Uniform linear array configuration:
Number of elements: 8
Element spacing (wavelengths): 1
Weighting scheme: blackman
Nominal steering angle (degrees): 45
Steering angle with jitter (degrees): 44.551
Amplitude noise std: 0.05
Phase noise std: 0.05

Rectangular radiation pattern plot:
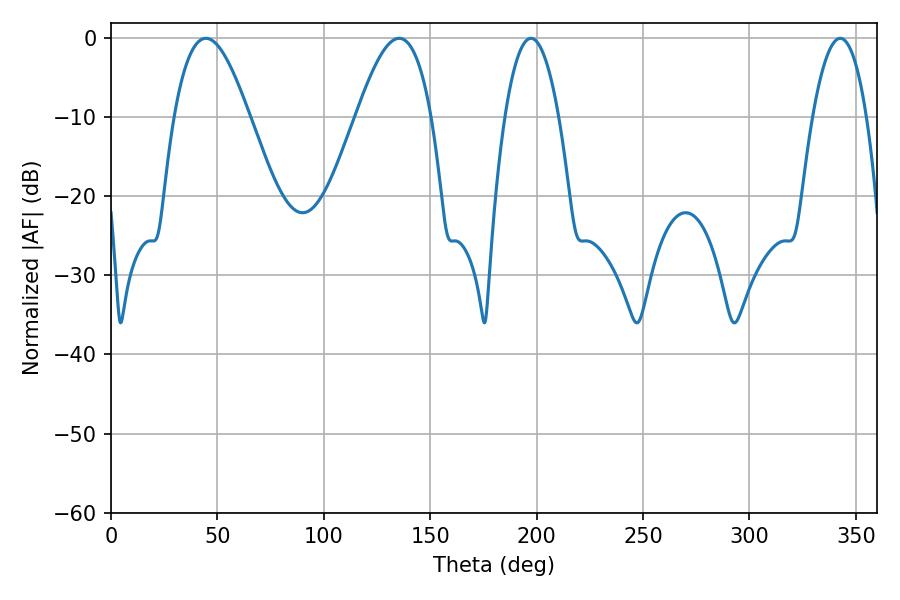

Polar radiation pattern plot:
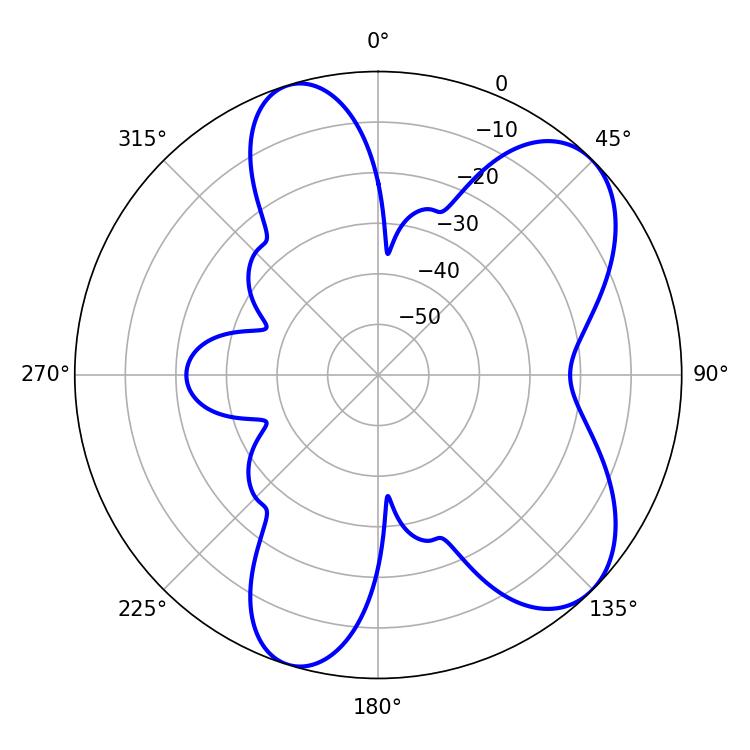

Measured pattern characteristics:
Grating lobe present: TRUE
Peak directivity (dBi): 7.382
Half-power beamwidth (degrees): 19.26
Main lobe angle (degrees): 44.64